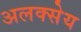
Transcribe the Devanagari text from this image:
अलक्सेय